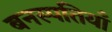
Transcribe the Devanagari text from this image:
बनस्पतियाँ